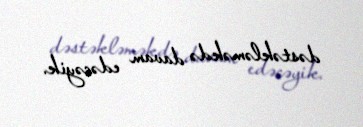
dəstəkləməkdə davam edəcəyik.